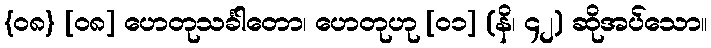
{၀၈} [၀၈] ဟေတုသင်္ခါတော၊ ဟေတုဟု [၀၁] (နိ၊ ၄၂) ဆိုအပ်သော။